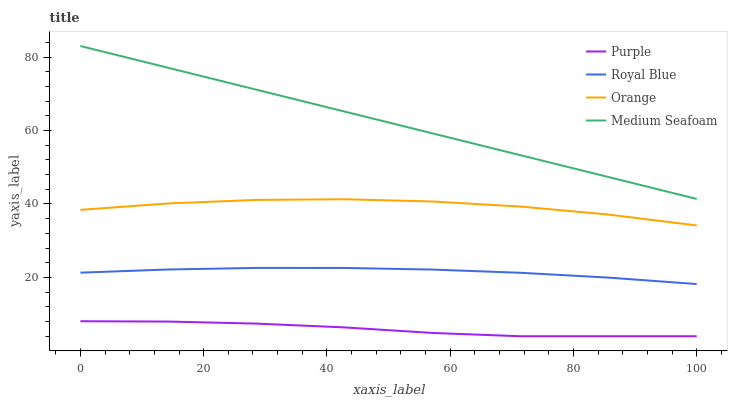
| xaxis_label | Purple | Royal Blue | Orange | Medium Seafoam |
 | --- | --- | --- | --- | --- |
 | 0 | 8.09 | 21.3 | 38.4 | 83 |
 | 14.3 | 8 | 22.2 | 40.1 | 77.1 |
 | 28.6 | 7.44 | 22.6 | 41.1 | 71.1 |
 | 42.9 | 6.41 | 22.6 | 41.3 | 65.2 |
 | 57.1 | 4.9 | 22.1 | 40.7 | 59.2 |
 | 71.4 | 4 | 21.3 | 39.3 | 53.3 |
 | 85.7 | 4 | 20 | 37.1 | 47.3 |
 | 100 | 4 | 18.2 | 34.2 | 41.4 |